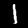
Label: 1